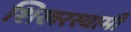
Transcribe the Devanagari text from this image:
शिखरस्वामी